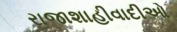
રાજાશાહીવાદીઓ